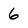
Character: 6